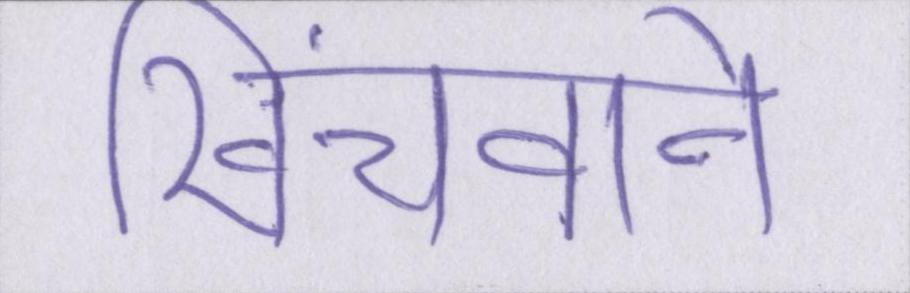
खिंचवाने